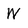
Character: W